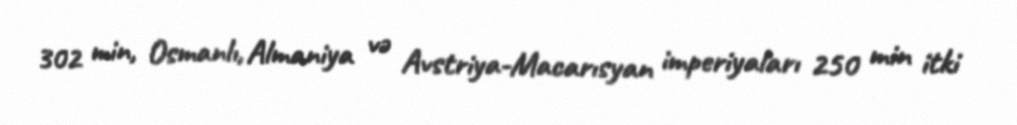
302 min, Osmanlı, Almaniya və Avstriya-Macarısyan imperiyaları 250 min itki